Indian journal of veterinary science and animal husbandry - Volumes 15-17, 1948-1951
Year: 1948
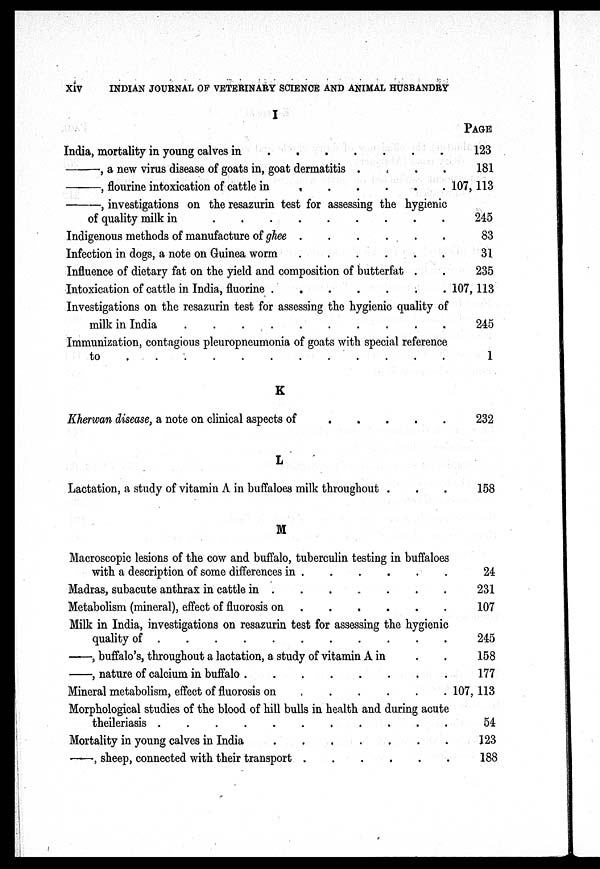
xiv
INDIAN JOURNAL OF VETERINARY SCIENCE AND ANIMAL HUSBANDRY
I
India, mortality in young calves in
.
.
.
.
.
.
.
.
—,
a new virus disease of goats in, goat dermatitis . . . . . . . .
—, flourine intoxication of cattle in . . . . . . . .
—,
investigations on the resazurin test for assessing the hygienic
of quality milk in
.
.
.
.
.
.
.
.
Indigenous methods of manufacture of ghee . . . . . . . .
Infection in dogs, a note on Guinea worm . . . . . . . .
Influence of dietary fat on the yield and composition of butterfat . .
Intoxication of cattle in India, fluorine . . . . . . . .
Investigations on the resazurin test for assessing the hygienic quality of
milk in India
.
.
.
.
.
.
.
.
Immunization, contagious pleuropneumonia of goats with special reference
to
.
.
.
.
.
.
.
.
K
Kherwan disease, a note on clinical aspects of . . . . . . . .
L
Lactation, a study of vitamin A in buffaloes milk throughout . . .
M
Macroscopic lesions of the cow and buffalo, tuberculin testing in buffaloes
with a description of some differences in . . . . . . . .
Madras, subacute anthrax in cattle in
.
.
.
.
.
.
.
.
Metabolism (mineral), effect of fluorosis on . . . . . . . .
Milk in India, investigations on resazurin test for assessing the hygienic
quality of . . . . . . . .
—, buffalo's, throughout a lactation, a study of vitamin A in . .
—, nature of calcium in buffalo
.
.
.
.
.
.
.
.
Mineral metabolism, effect of fluorosis on . . . . . . . .
Morphological studies of the blood of hill bulls in health and during acute
theileriasis . . . . . . . . . . . . . . . .
Mortality in young calves in India
.
.
.
.
.
.
.
.
—, sheep, connected with their transport . . . . . . . .
PAGE
123
181
107, 113
245
83
31
235
107, 113
245
1
232
158
24
231
107
245
158
177
107, 113
54
123
188